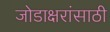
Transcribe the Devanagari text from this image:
जोडाक्षरांसाठी